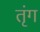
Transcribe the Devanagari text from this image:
तृंग